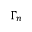
\Gamma _ { n }